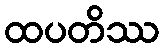
ထပတိဿ